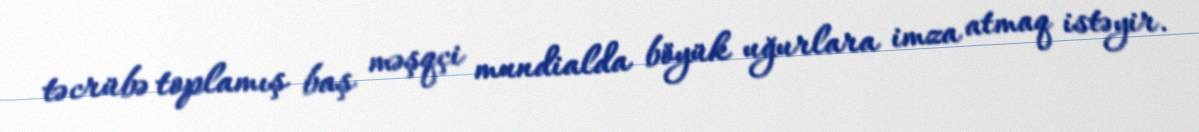
təcrübə toplamış baş məşqçi mundialda böyük uğurlara imza atmaq istəyir.